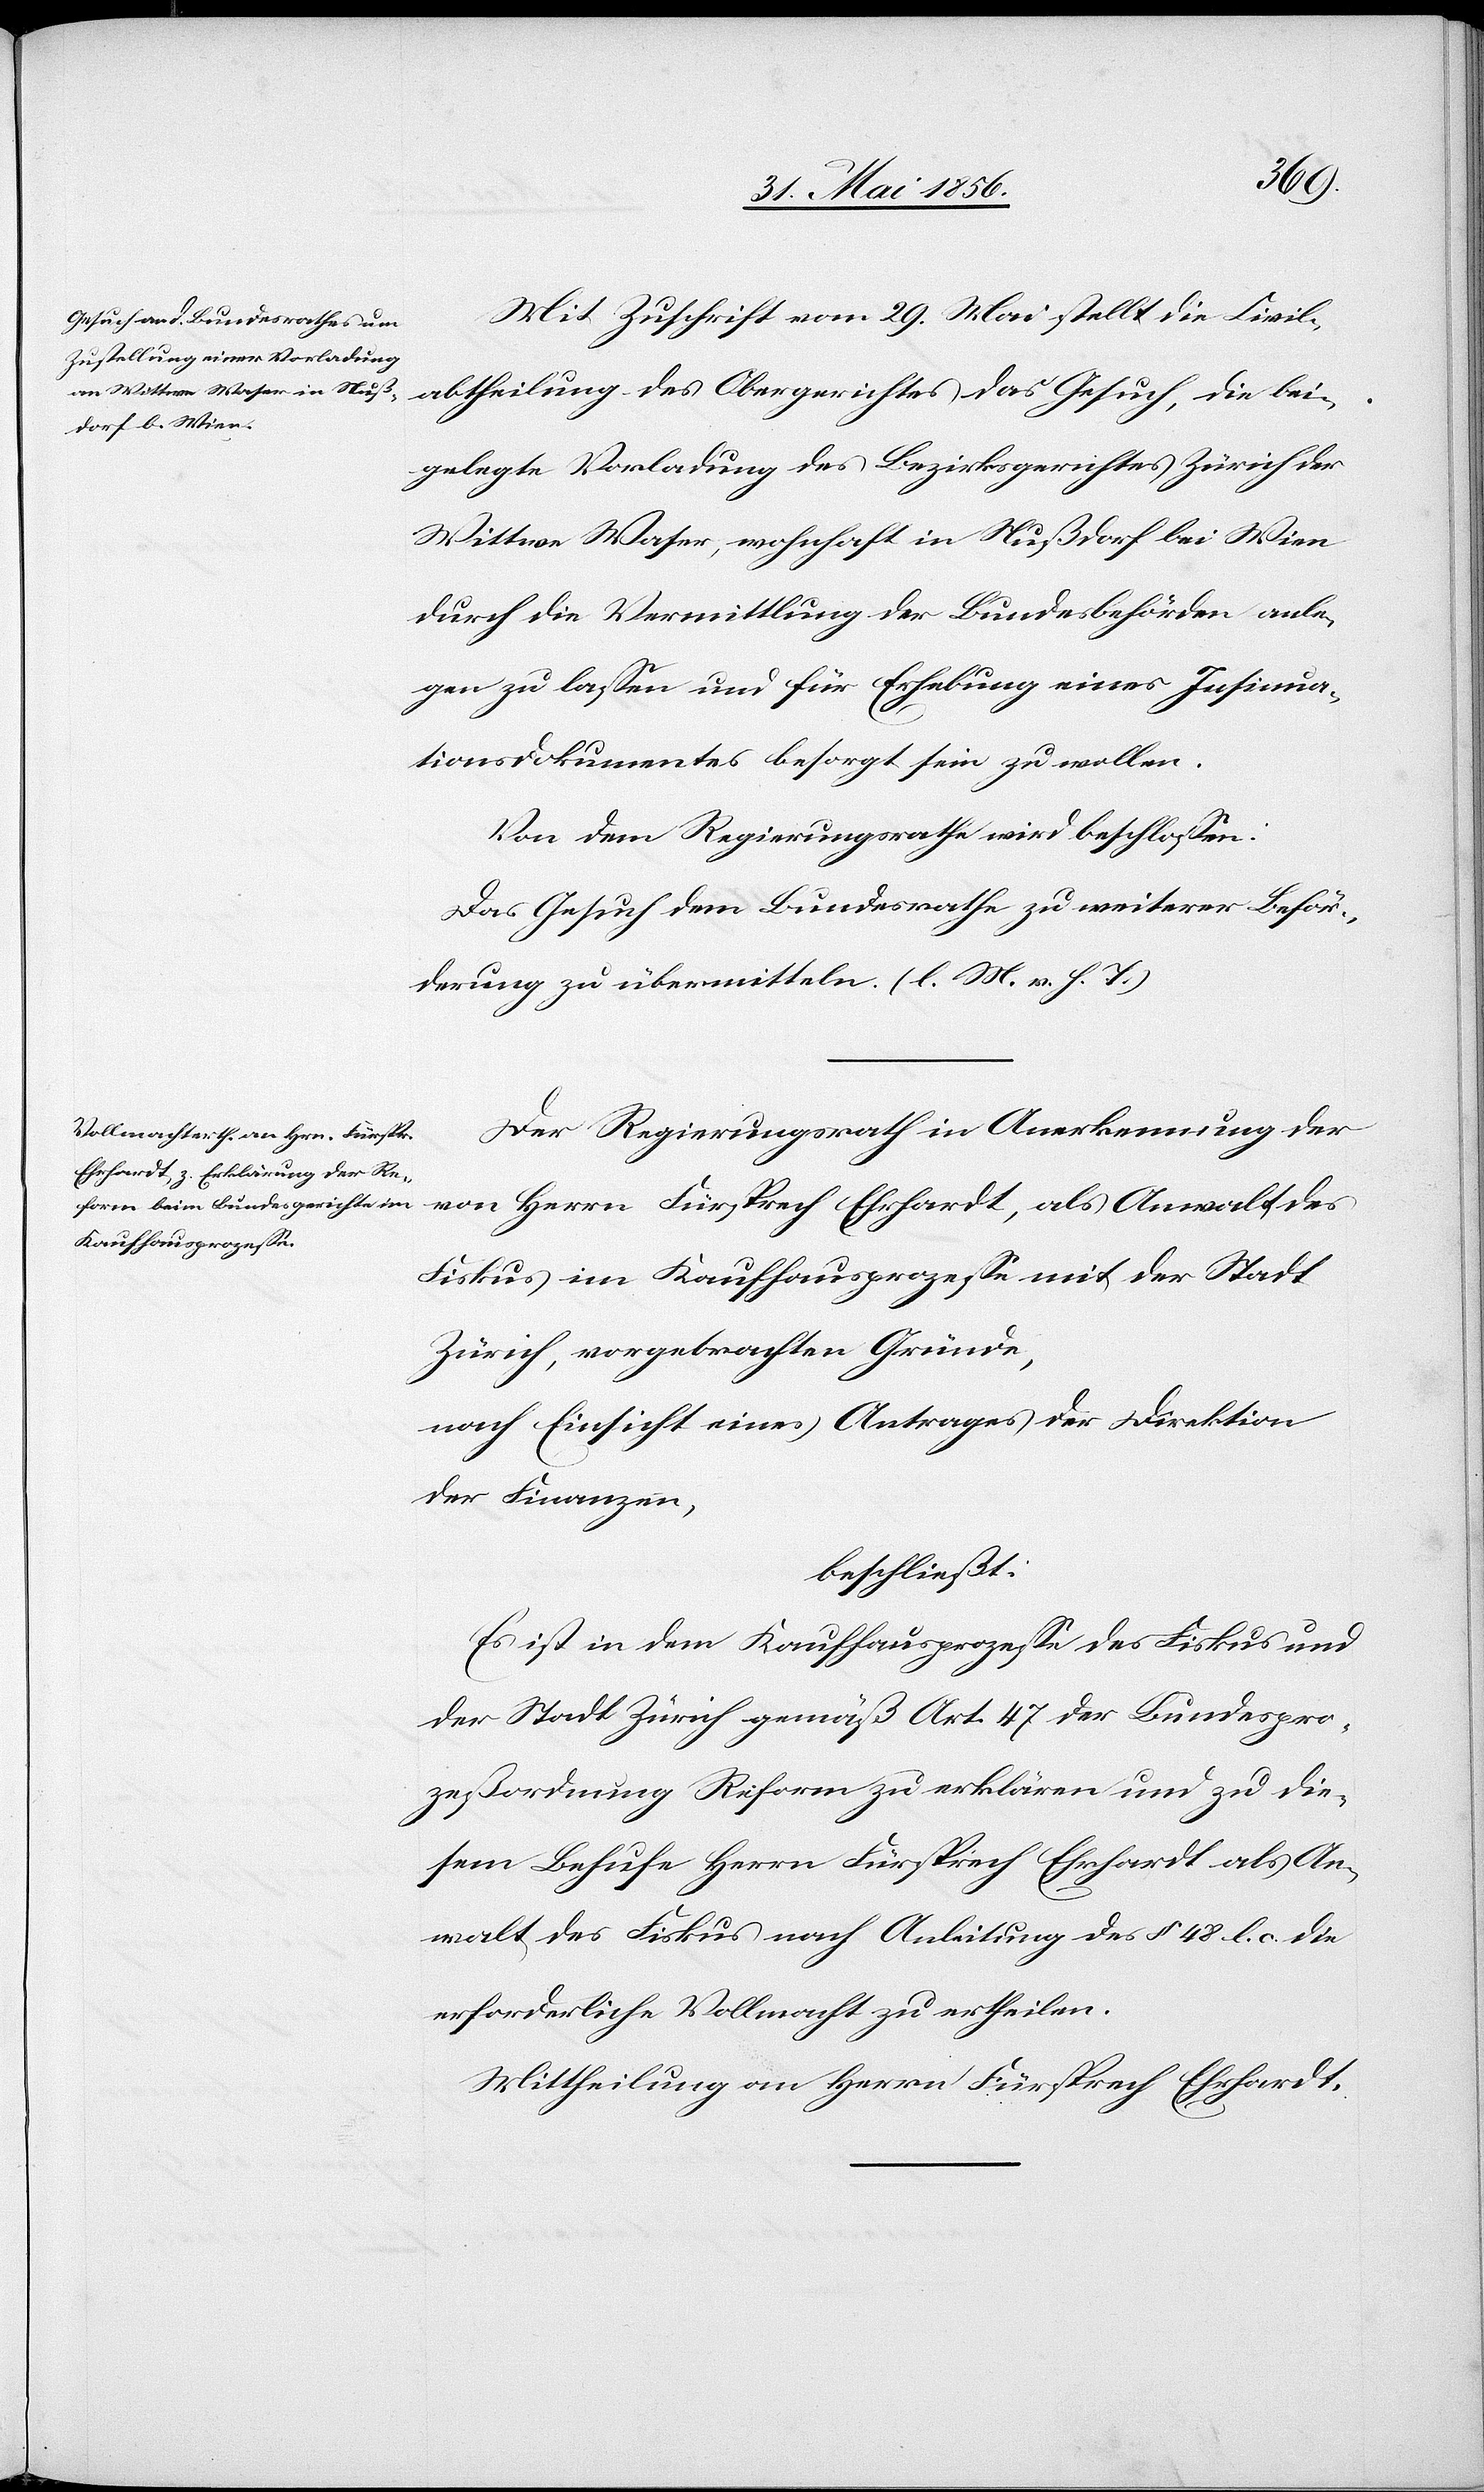
Mit Zuschrift vom 29. Mai stellt die Civil¬
abtheilung des Obergerichtes das Gesuch, die bei¬
gelegte Vorladung des Bezirksgerichtes Zürich der
Wittwe Waser, wohnhaft in Nußdorf bei Wien
durch die Vermittlung der Bundesbehörden anle¬
gen zu lassen und für Erhebung eines Insinua¬
tionsdokumentes besorgt sein zu wollen.
Von dem Regierungsrathe wird beschlossen:
Das Gesuch dem Bundesrathe zu weiterer Beför¬
derung zu übermitteln. (l. M. h. T.)
Der Regierungsrath in Anerkennung der
von Herrn Fürsprech Ehrhardt, als Anwalt des
Fiskus im Kaufhausprozesse mit der Stadt
Zürich, vorgebrachten Gründe,
nach Einsicht eines Antrages der Direktion
der Finanzen,
beschließt:
Es ist dem Kaufhausprozesse des Fiskus und
der Stadt Zürich gemäß Art. 47 der Bundespro¬
zeßordnung Reform zu erklären und zu die¬
sem Behufe Herrn Fürsprech Ehrhardt als An¬
walt des Fiskus nach Anleitung des § 48 l. c. die
erforderliche Vollmacht zu ertheilen.
Mittheilung an Herrn Fürsprech Ehrhardt.